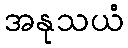
အနုသယံ